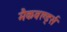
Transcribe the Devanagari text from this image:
मैकवर्ल्ड्स